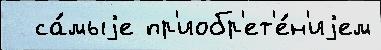
  са́мыjе пр'иобр'ет'е́н'иjем